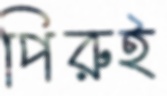
পিরুই